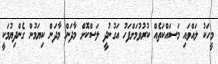
މީހަކު ލައްވައި މަސައްކަތެއް ކުރުވުމަށްފަހު އަގުނުދީ ލަސްކޮށް މާދަން މާދަން ކިޔަމުން ގެންދިޔުމަކީ